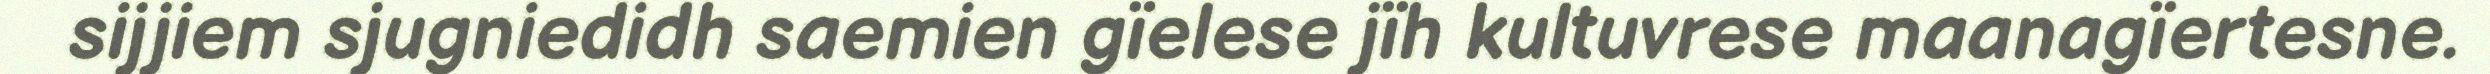
sijjiem sjugniedidh saemien gïelese jïh kultuvrese maanagïertesne.